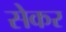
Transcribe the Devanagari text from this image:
सेकर